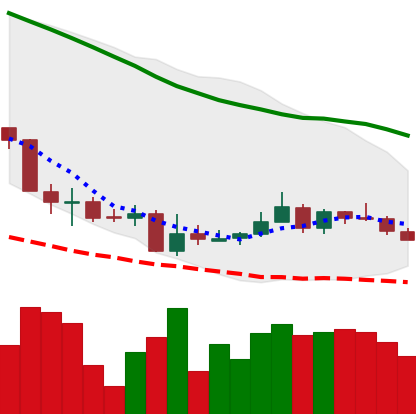
Ticker: XMR-USD
Chart end date: 2018-06-09
Forward return: -14.208%
Label: down_7plus